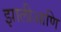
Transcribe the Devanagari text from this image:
झालीआणि